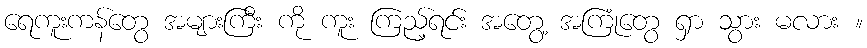
ရေကူးကန်တွေ အများကြီး ကို ကူး ကြည့်ရင်း အတွေ့ အကြုံတွေ ရှာ သွား မလား ။